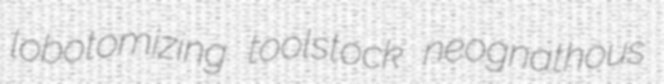
lobotomizing toolstock neognathous